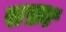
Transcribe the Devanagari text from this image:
सफ़ा